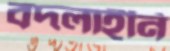
বদলাইনি